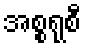
အစ္စရုစီ